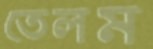
তেলম